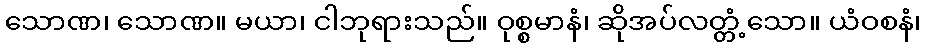
သောဏ၊ သောဏ။ မယာ၊ ငါဘုရားသည်။ ဝုစ္စမာနံ၊ ဆိုအပ်လတ္တံ့သော။ ယံဝစနံ၊